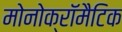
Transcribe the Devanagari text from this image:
मोनोक्रॉमैटिक